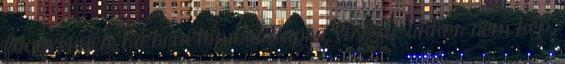
függvényen, ha nem tömböt kapsz vissza, akkor nem kép,